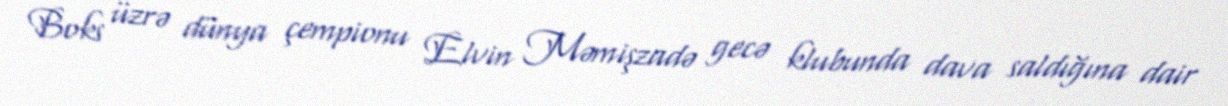
Boks üzrə dünya çempionu Elvin Məmişzadə gecə klubunda dava saldığına dair